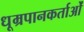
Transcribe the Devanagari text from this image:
धूम्रपानकर्ताओं